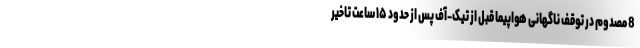
8 مصدوم در توقف ناگهانی هواپیما قبل از تیک-آف پس از حدود ۱۵ ساعت تاخیر